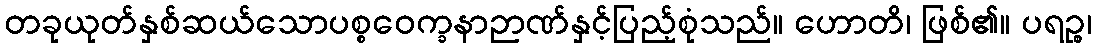
တခုယုတ်နှစ်ဆယ်သောပစ္စဝေက္ခနာဉာဏ်နှင့်ပြည့်စုံသည်။ ဟောတိ၊ ဖြစ်၏။ ပရဉ္စ၊